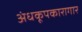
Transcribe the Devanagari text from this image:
अंधकूपकारागार